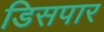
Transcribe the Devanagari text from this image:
डिसपार